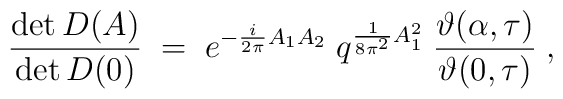
\frac{\det D(A)}{\det D(0)} \;=\; e^{-\frac{i}{2 \pi} A_1 A_2}\;q^{\frac{1}{8 \pi^2}A_1^2} \; \frac{\vartheta(\alpha,\tau)}{\vartheta( 0 ,\tau)}\;,